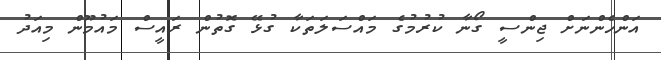
އަންހެންނަށް ޖިންސީ ގޯނާ ކުރުމުގެ މައްސަލަތަކާ ގުޅޭ ގޮތުން ރައީސް މައުމޫން މިއަދު